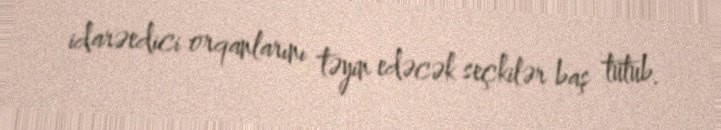
idarəedici orqanlarını təyin edəcək seçkilər baş tutub.